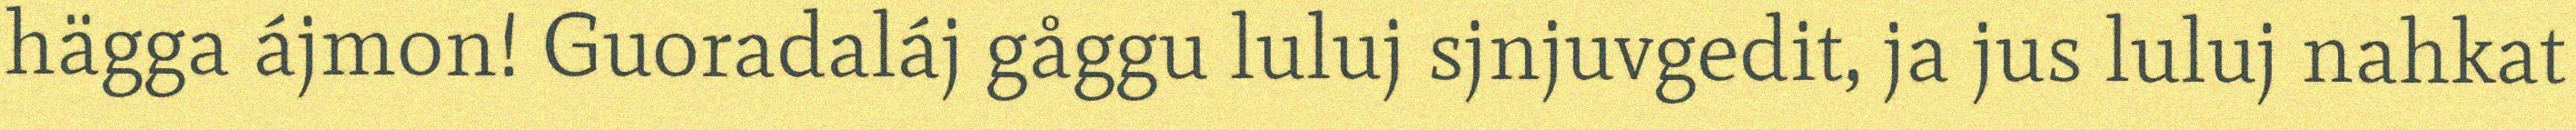
hägga ájmon! Guoradaláj gåggu luluj sjnjuvgedit, ja jus luluj nahkat